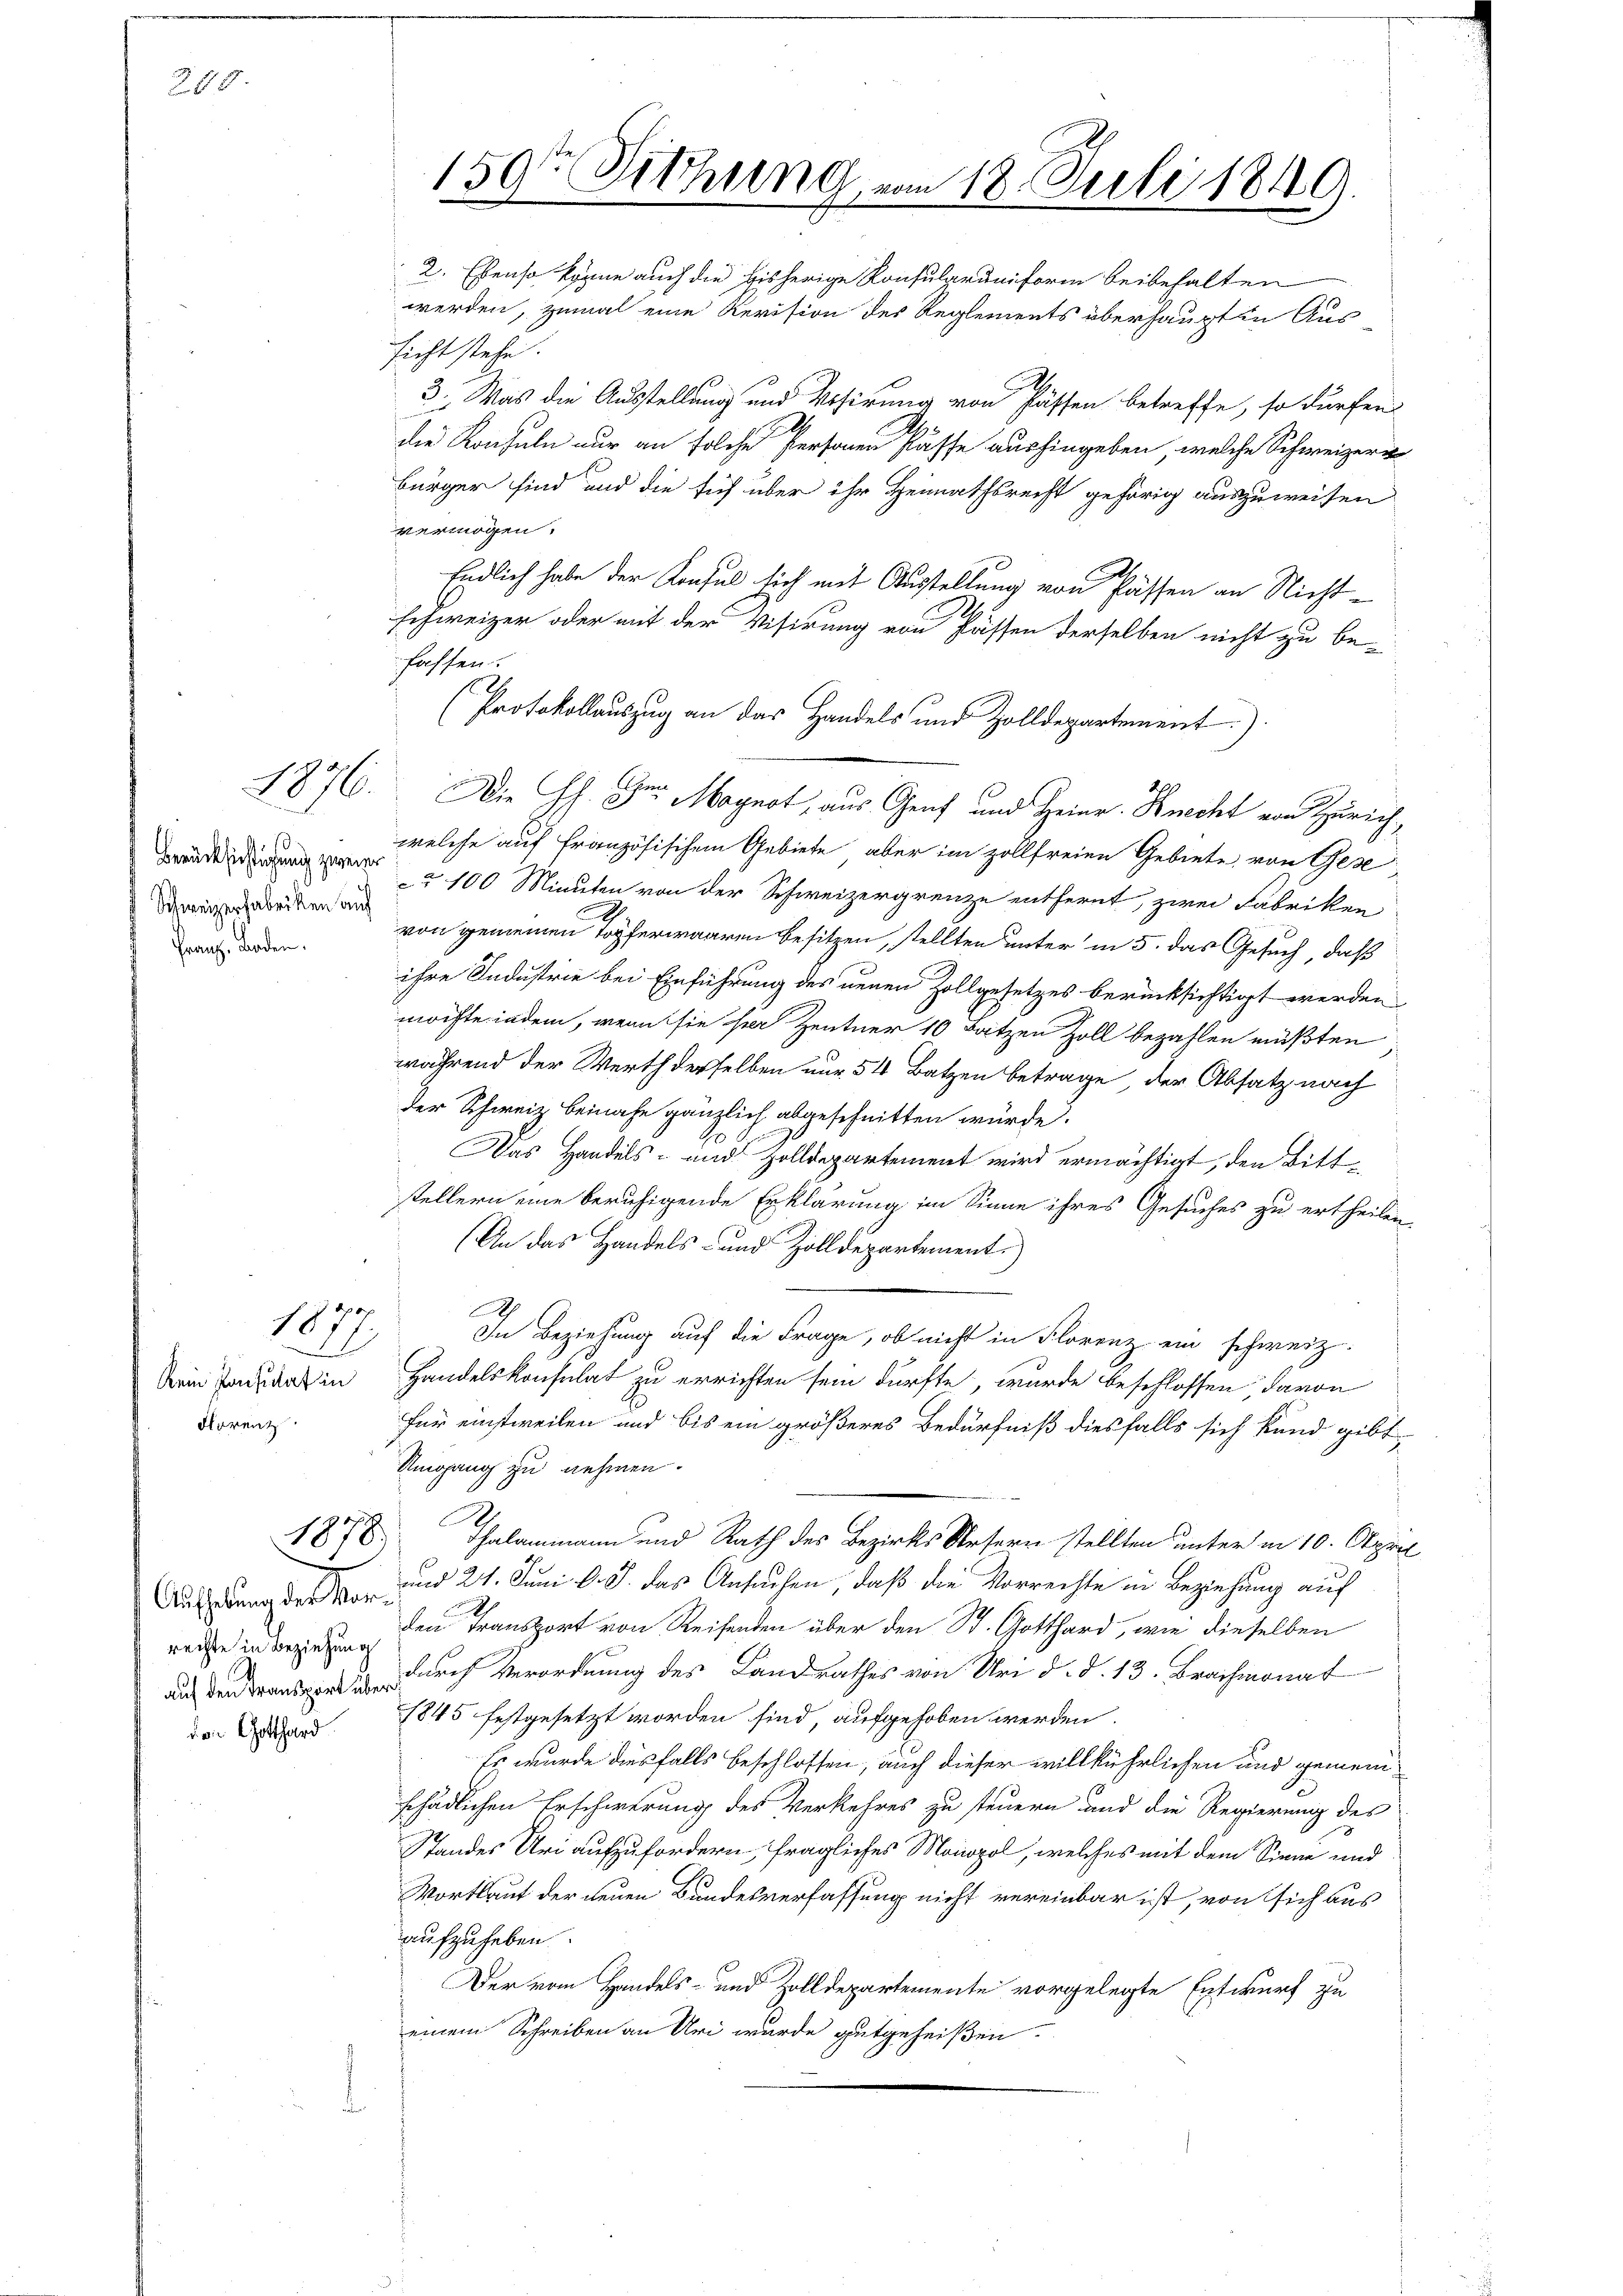
290

1876.

Berücksichtigung zweier
Schweizerfabriken auf
Franz, Baden.

kein Konsulat in
Florenz

1877

1878.

Aufhebung des Vor-
rechte in Beziehung
auf den Transport über
von Gotthard

159te Sitzung

fassen.
(Protokollauszug an das Handels und Zolldepartement)

2. Ebenso könne auch die bisherige Konsularuniform beibehalten
werden, zumal eine Revision des Reglements überhaupt in Aus-
licht stehe.
3. Was die Ausstellung und Resirung von Passen betreffe, so dürfen
die Konsuln nur an solche Personen Pässe aushingeben, welche Schweizeri
bürger sind und die sich über ihr Heimathsrecht gehörig auszuweisen
vermögen.
Endlich habe der Konsul sich mit Ausstellung von Passen an Nichtschweizer oder mit der Visirung von Flüssen derselben nicht zu be-
Die h. Der Magnot, aus Genf und Heinr. Knecht von Zürich,
welche auf Französischem Gebiete, aber im zollfreien Gebiete, von Gese
ca 100 Minuten von der Schweizergrenze entfernt, zwei Fabriken
von gemeinen Topferwaaren besitzen, stellten unter in 5. das Gesuch, daß
ihre Industrie bei Einführung des neuen Zollgesetzes berücksichtigt werden
möchte indem, wenn sie sei Zentner 10 Sätzen Zoll bezahlen müßten
während der Werth derselben nur 54 Batzen betrage, der Absatz nach
der Schweiz beinahe gänzlich abgeschnitten würde.
Das Handels- und Zolldepartement wird ermächtigt, den Bittstellern eine beruhigende Erklärung im Sinne ihres Gesuches zu ertheilen,
(An das Handels- und Zolldepartement.
h
In Beziehung auf die Frage, ob nicht in Florenz ein schweiz.
Handelskonsulat zu errichten sein dürfte, wurde beschlossen davon
für einstweilen und bis ein größeres Bedürfniß diesfalls sich kund gibt
Umgang zu nehmen.
e
Thalammann und Rath des Bezirks Kesern stellten unter in 10. April
und 21. Juni d. J. das Ansuchen, daß die Vorrechte in Beziehung auf
den Transport von Reifenden über den St. Gotthard, wie dieselben
durch Verordnung des Landrathes von Uri d. d. 13. Brachmonat
1845 festgesetzt worden sind aufgehoben werden.
Es wurde diesfalls beschlossen, auch dieser willkührlichen und gemeinschädlichen Erschwerung des Verkehres zu steuern und die Regierung des
Standes Uri aufzufordern, fragliches Monopol, welches mit dem Sinne und
Wortlaut der neuen Bundesverfassung nicht vereinbar ist, von sich aus
aufzuheben.
Der vom Handels- und Zolldepartemente vorgelegte Entwurf zu
einem Schreiben an Uri wurde gutgeheißen.

18. Juli 1849.